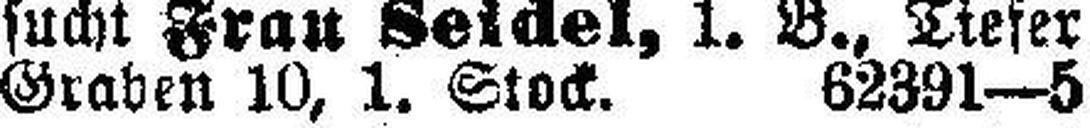
Graden 10, 1. Stock. 62391—5